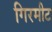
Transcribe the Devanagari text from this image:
गिरमीट